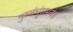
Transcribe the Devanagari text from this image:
गुरुबंधूंसमवेत